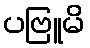
ပဗြူမိ